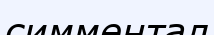
симментал